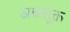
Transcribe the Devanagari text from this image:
अक्षसूक्त